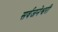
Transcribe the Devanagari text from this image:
सर्वजनेश्वरी